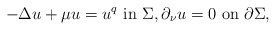
\begin{align*}-\Delta u+\mu u=u^q\ \hbox{in}\ \Sigma,\partial_\nu u=0\ \hbox{on}\ \partial\Sigma,\end{align*}